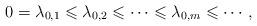
LaTeX: \begin{align*}0=\lambda_{0,1}\leqslant\lambda_{0,2}\leqslant\cdots\leqslant \lambda_{0,m}\leqslant\cdots,\end{align*}